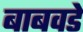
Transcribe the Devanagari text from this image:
बाबवडे